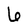
Character: 6